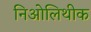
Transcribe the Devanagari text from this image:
निओलिथीक